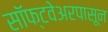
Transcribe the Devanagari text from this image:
सॉफ्टवेअरपासून